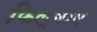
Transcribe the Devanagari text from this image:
फिल्माएं